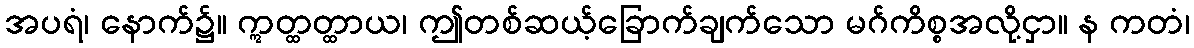
အပရံ၊ နောက်၌။ ဣတ္ထတ္ထာယ၊ ဤတစ်ဆယ့်ခြောက်ချက်သော မဂ်ကိစ္စအလို့ငှာ။ န ကတံ၊